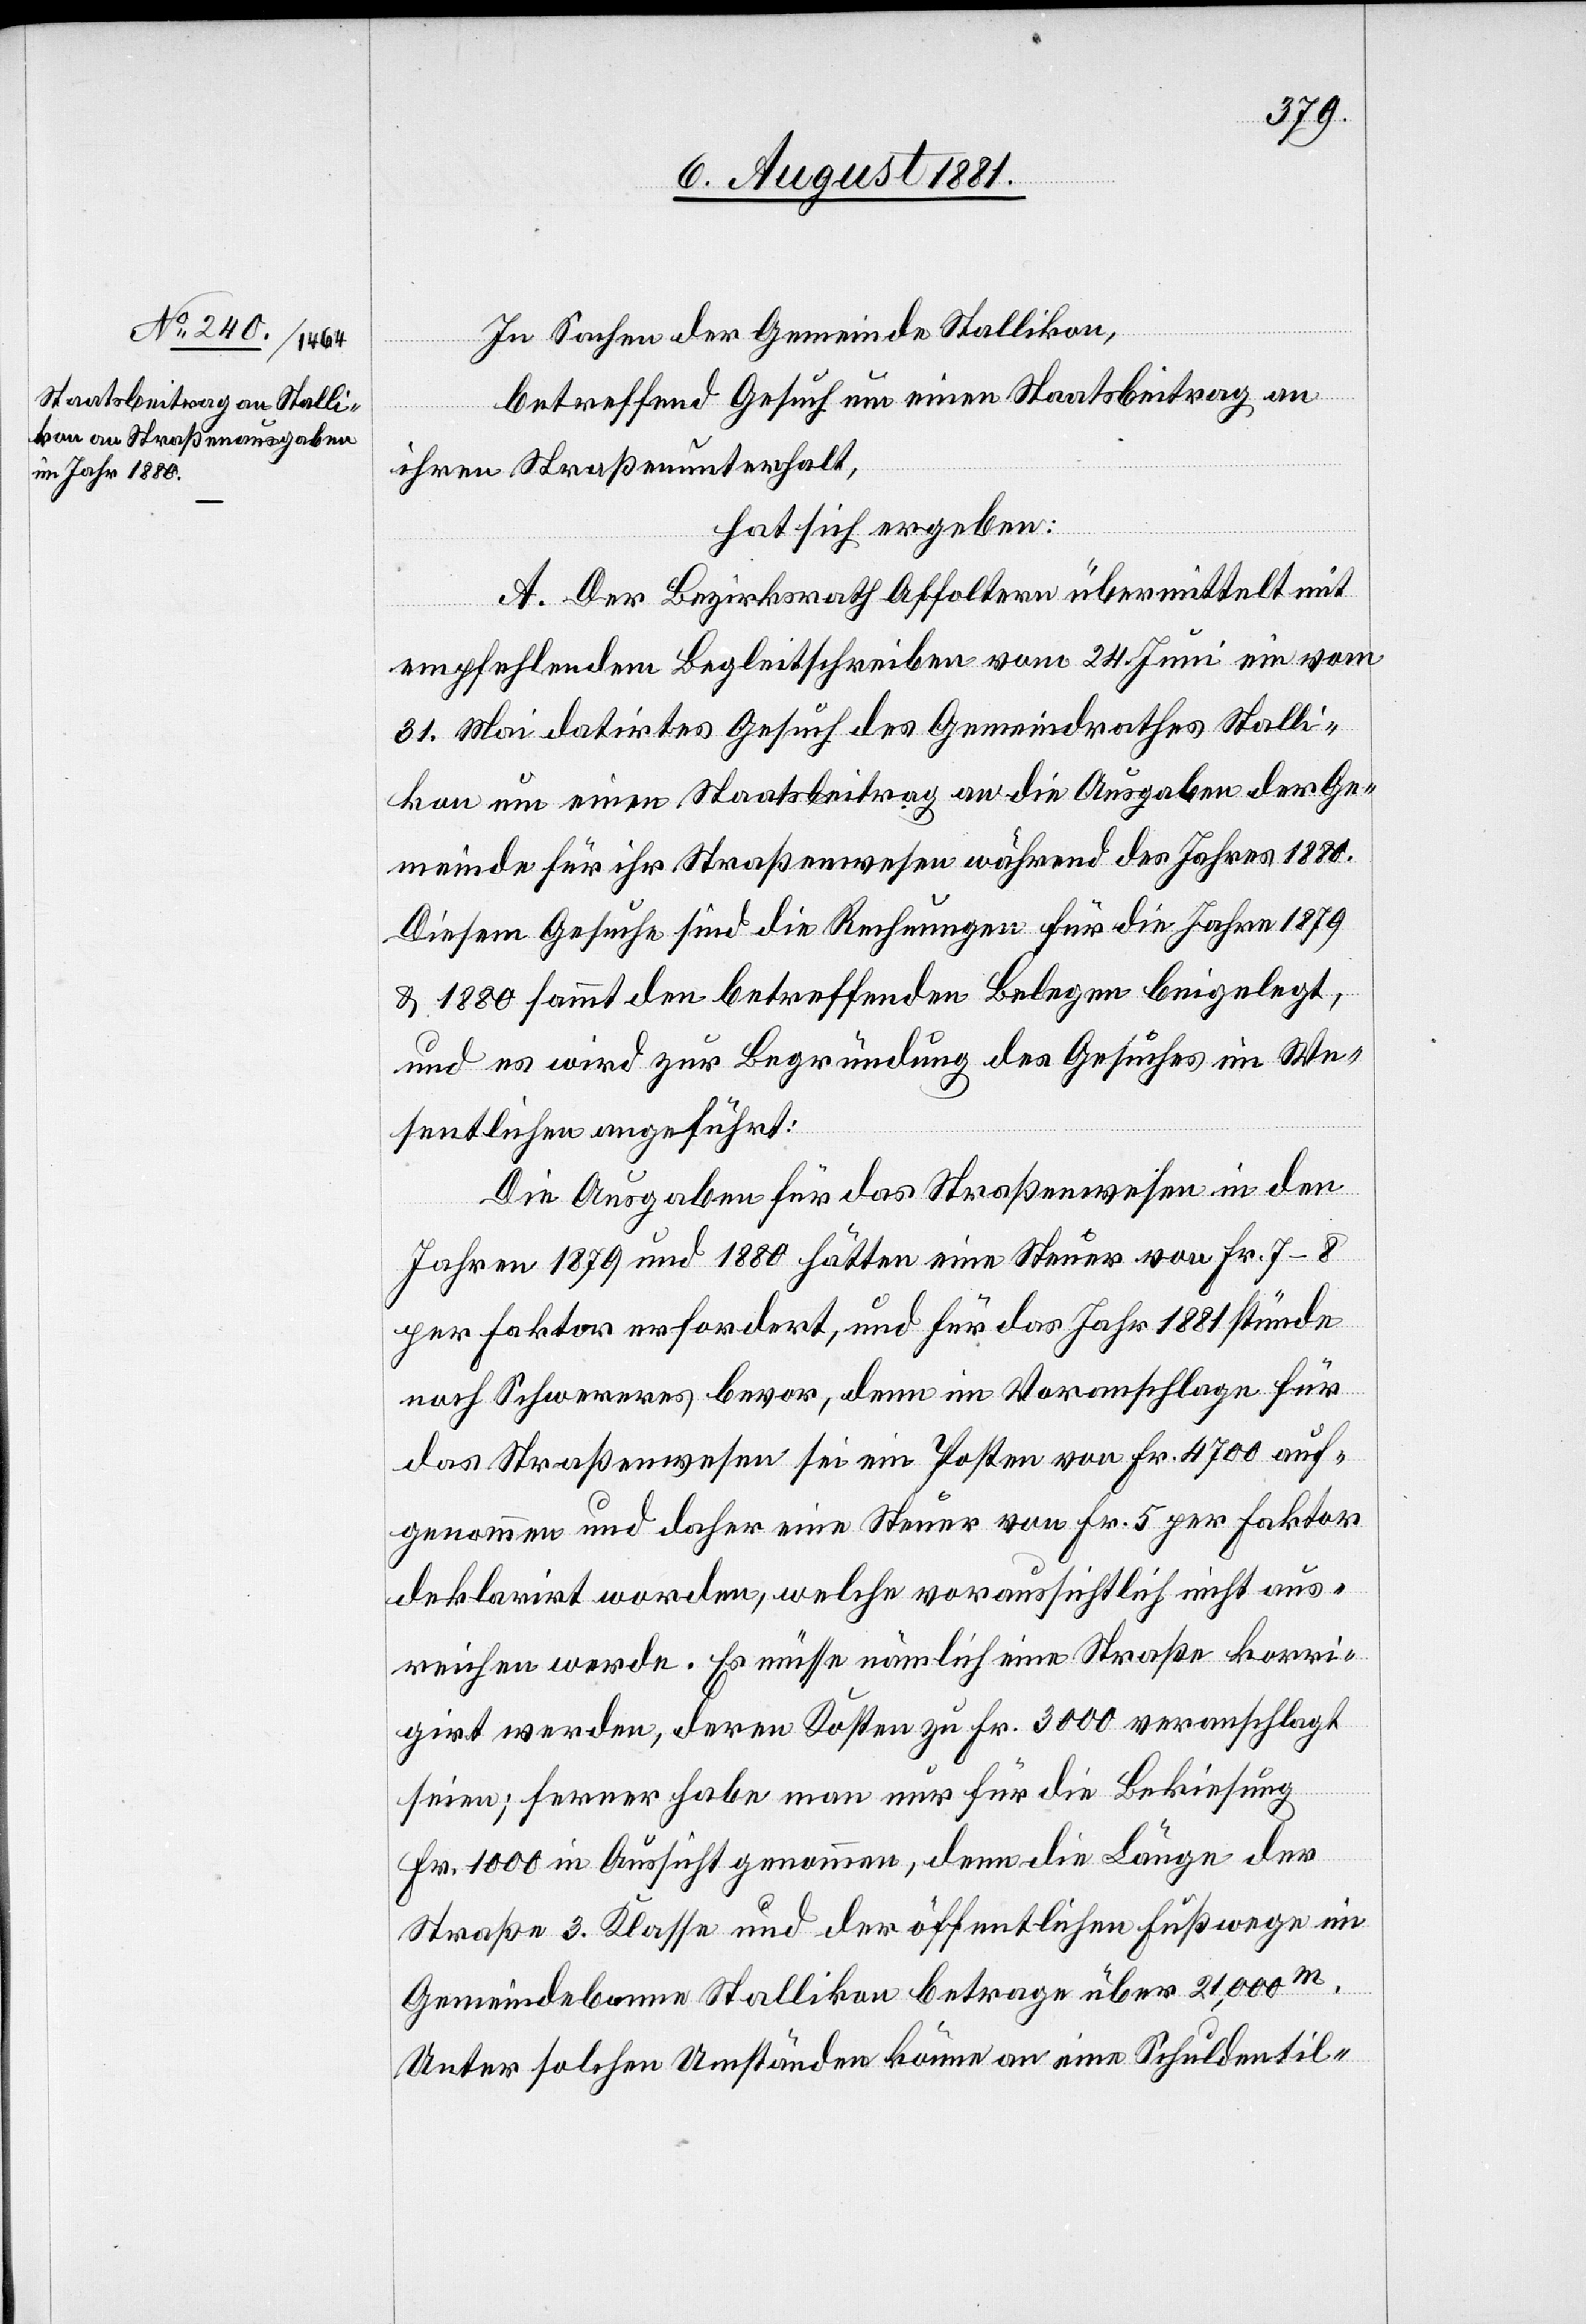
In Sachen der Gemeinde Stallikon,
betreffend Gesuch um einen Staatsbeitrag an
ihren Straßenunterhalt,
hat sich ergeben:
A. Der Bezirksrath Affoltern übermittelt mit
empfehlendem Begleitschreiben vom 24. Juni ein vom
31. Mai datirtes Gesuch des Gemeindrathes Stalli¬
kon um einen Staatsbeitrag an die Ausgaben der Ge¬
meinden für ihr Straßenwesen während des Jahres 1880.
Diesem Gesuche sind die Rechnungen für die Jahre 1879
& 1880 sammt den betreffenden Belegen beigelegt,
und es wird zur Begründung des Gesuches im We¬
sentlichen angeführt:
Die Ausgaben für das Straßenwesen in den
Jahren 1879 und 1880 hätten eine Steuer von Fr. 7–8
per Faktor erfordert, und für das Jahr 1881 stünde
noch Schwereres bevor, denn im Voranschlage für
das Straßenwesen sei ein Posten von Fr. 4700 auf¬
genommen und daher eine Steuer von Fr. 5 per Faktor
deklarirt worden, welche voraussichtlich nicht aus¬
reichen werde. Es müsse nämlich eine Straße korri¬
girt werden, deren Kosten zu Fr. 3000 veranschlagt
seien; ferner habe man nur für die Bekiesung
Fr. 1000 in Aussicht genommen, denn die Länge der
Straße 3. Klasse und der öffentlichen Fußwege im
Gemeindebanne Stallikon betrage über 21,000m.
Unter solchen Umständen könne an eine Schuldentil-